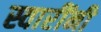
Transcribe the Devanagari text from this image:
स्वारींनी